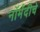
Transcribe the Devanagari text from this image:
नॉर्मंदीचे